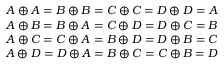
\begin{array} { c } { A \oplus A = B \oplus B = C \oplus C = D \oplus D = A } \\ { A \oplus B = B \oplus A = C \oplus D = D \oplus C = B } \\ { A \oplus C = C \oplus A = B \oplus D = D \oplus B = C } \\ { A \oplus D = D \oplus A = B \oplus C = C \oplus B = D } \end{array}